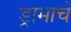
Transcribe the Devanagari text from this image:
ड्रामाचे